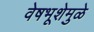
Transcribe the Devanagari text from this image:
वेषभूशेमुळे